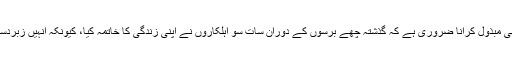
انہوں نے کہا کہ حکام کی توجہ اس جانب بھی مبذول کرانا ضروری ہے کہ گذشتہ چھے برسوں کے دوران سات سو اہلکاروں نے اپنی زندگی کا خاتمہ کیا، کیونکہ انہیں زبردست ذہنی تناؤ کے دور سے گزرنا پڑ رہا ہے۔